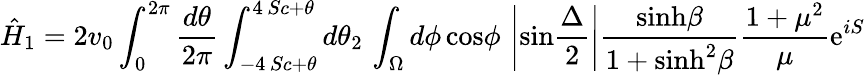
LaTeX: \hat{H}_{1}=2v_{0}\int_{0}^{2\pi}{\frac{d\theta}{2\pi}}\int_{-4\, Sc+\theta}^{4\, Sc+\theta}d\theta_{2}\, \int_{\Omega}d\phi\, \mathrm{cos}\phi\, \left|\mathrm{sin}{\frac{\Delta}{2}}\right|{\frac{\mathrm{sinh}\beta}{1+\mathrm{sinh}^{2}\beta}}{\frac{1+\mu^{2}}{\mu}}\mathrm{e}^{iS}